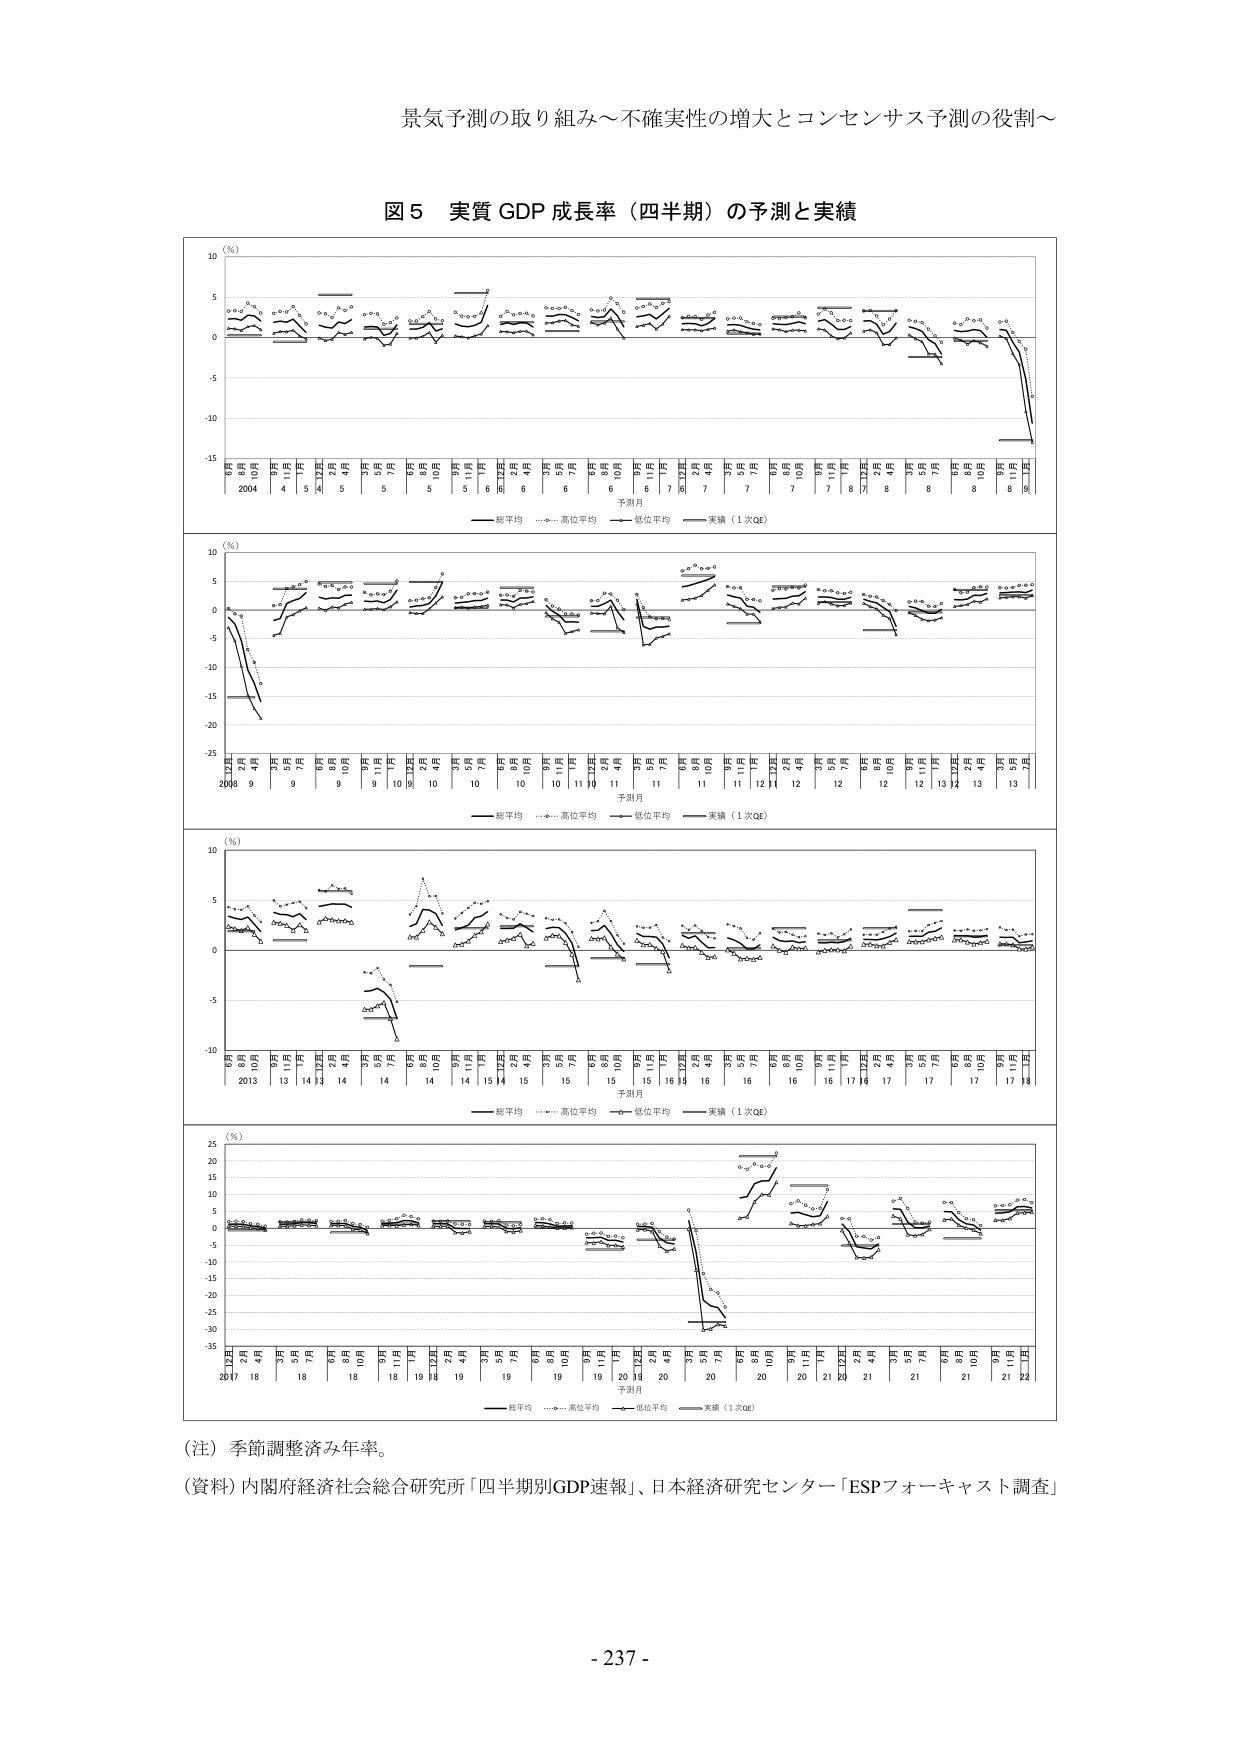
景気予測の取り組み～不確実性の増大とコンセンサス予測の役割～

図５ 実質 GDP 成長率（四半期）の予測と実績

（％）
6月
10月
2004
3月
4月
1月
5月
2月
5月
10月
3月
7月
5月
10月
3月
5月
11月
6月
12月
7月
6月
3月
6月
10月
3月
6月
7月
10月
3月
7月
11月
8月
12月
5月
8月
7月
10月
8月
11月
9月
1月
総平均 …… 高位平均 —— 低位平均 —— 実績（1次QE）

（％）
12月
2月
4月
2008
9月
7月
9月
8月
9月
10月
9月
11月
12月
2月
4月
3月
7月
10月
9月
11月
12月
2月
4月
5月
11月
8月
10月
9月
11月
12月
2月
4月
5月
12月
1月
2月
4月
5月
13月
予測月
総平均 …… 高位平均 —— 低位平均 —— 実績（1次QE）

（％）
6月
10月
2013
3月
13月
14月
12月
14月
9月
14月
10月
14月
3月
14月
12月
15月
4月
3月
15月
6月
15月
11月
16月
12月
16月
3月
16月
10月
16月
1月
16月
17月
12月
17月
9月
17月
10月
17月
11月
18月
予測月
総平均 …… 高位平均 —— 低位平均 —— 実績（1次QE）

（％）
12月
2月
4月
2017
18月
3月
18月
5月
7月
18月
8月
10月
18月
11月
19月
12月
2月
4月
19月
3月
5月
7月
19月
8月
10月
19月
11月
1月
20月
2月
4月
20月
3月
5月
7月
20月
8月
10月
20月
11月
1月
21月
2月
4月
21月
3月
5月
7月
21月
8月
10月
21月
11月
1月
22月
予測月
総平均 …… 高位平均 —— 低位平均 —— 実績（1次QE）

（注）季節調整済み年率。

（資料）内閣府経済社会総合研究所「四半期別GDP速報」、日本経済研究センター「ESPフォーキャスト調査」

- 237 -